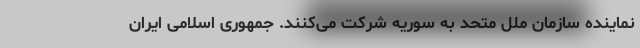
نماینده سازمان ملل متحد به سوریه شرکت می‌کنند. جمهوری اسلامی ایران